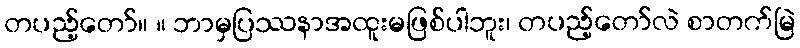
တပည့်တော်။ ။ ဘာမှပြဿနာအထူးမဖြစ်ပါဘူး၊ တပည့်တော်လဲ စာတက်မြဲ